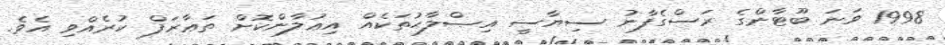
1998 ވަނަ ބޫޓާންގެ ރަސްގެފާނު ސިޔާސީ އިޞްލާޙުތަކެއް އިޢުލާންކޮށް ތަޢާރަފް ކުރެއްވި އެވެ.